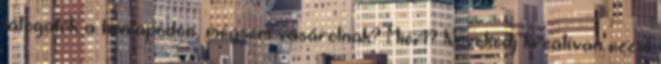
látogatók a honlapodon, mégsem vásárolnak? Miért? Növekedj kreatívan ezzel